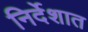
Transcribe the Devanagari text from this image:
निर्देशात